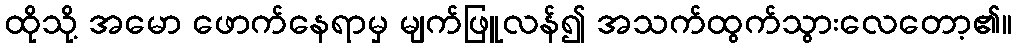
ထိုသို့ အမော ဖောက်နေရာမှ မျက်ဖြူလန်၍ အသက်ထွက်သွားလေတော့၏။